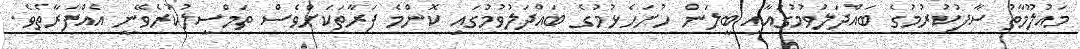
މައުލޫމާތު ސާފުކުރުމުގެ ބައްދަލުވުމުގައާއި ބީލަން ހުށަހެޅުމުގެ ބައްދަލުވުމުގައި ކޮންމެ ފަރާތަކަށްވެސް ތަމްސީލުކުރެވޭނީ އެއްފަރާތެވެ.